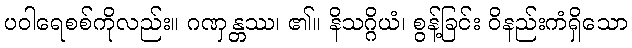
ပဝါရေစစ်ကိုလည်း။ ဂဏှန္တဿ၊ ၏။ နိသဂ္ဂိယံ၊ စွန့်ခြင်း ဝိနည်းကံရှိသော